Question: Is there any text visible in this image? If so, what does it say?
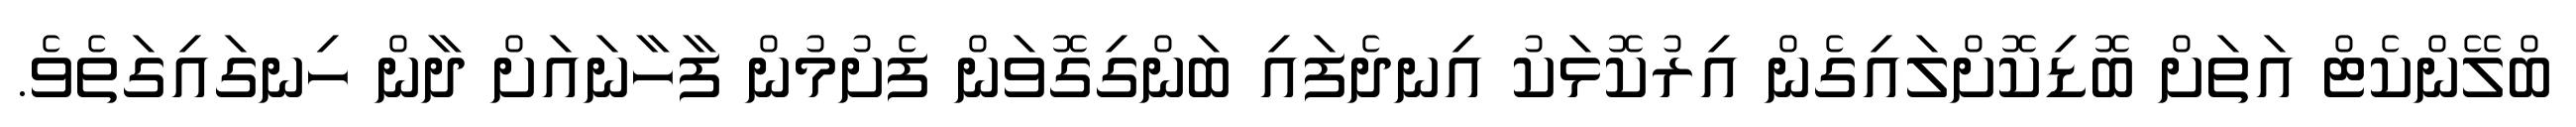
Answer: ބްލޭންކެޓް އަތަށް ބޮޑިކޮށްލައިގެން އިރުކޮޅަކު އިނދެފައި ބަންގިގޮވަން ފެށުމުން ފާހާނައަށް ދާން ހިނގައިގަތެވެ.